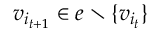
v _ { i _ { t + 1 } } \in e \setminus \{ v _ { i _ { t } } \}